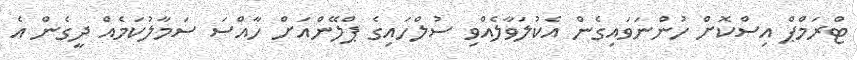
ޓްރަމްޕް އިސްކޮށް ހުންނަވައިގެން އެކުލަވާލެއްވި ސުލްހައިގެ ޕްލޭންއަށް ހާއްސަ ސަމާލުކަމެއް ދީގެން އެ